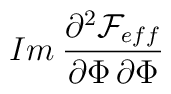
Im \: \frac {\partial ^{2} {\cal F}_{eff}}{\partial \Phi \, \partial \Phi}